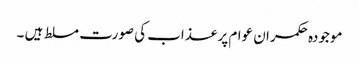
موجودہ حکمران عوام پر عذاب کی صورت مسلط ہیں ۔